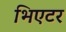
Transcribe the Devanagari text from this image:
भिएटर